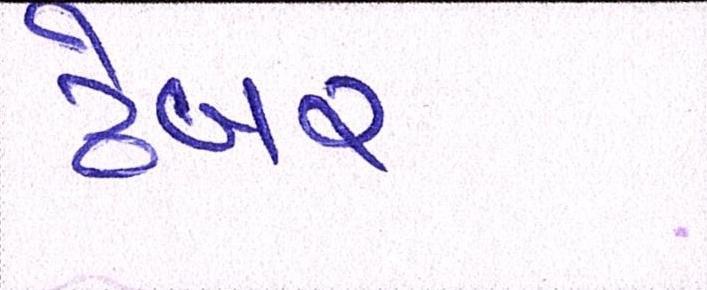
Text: ઢેબર